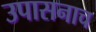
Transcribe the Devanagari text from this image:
उपासनाच